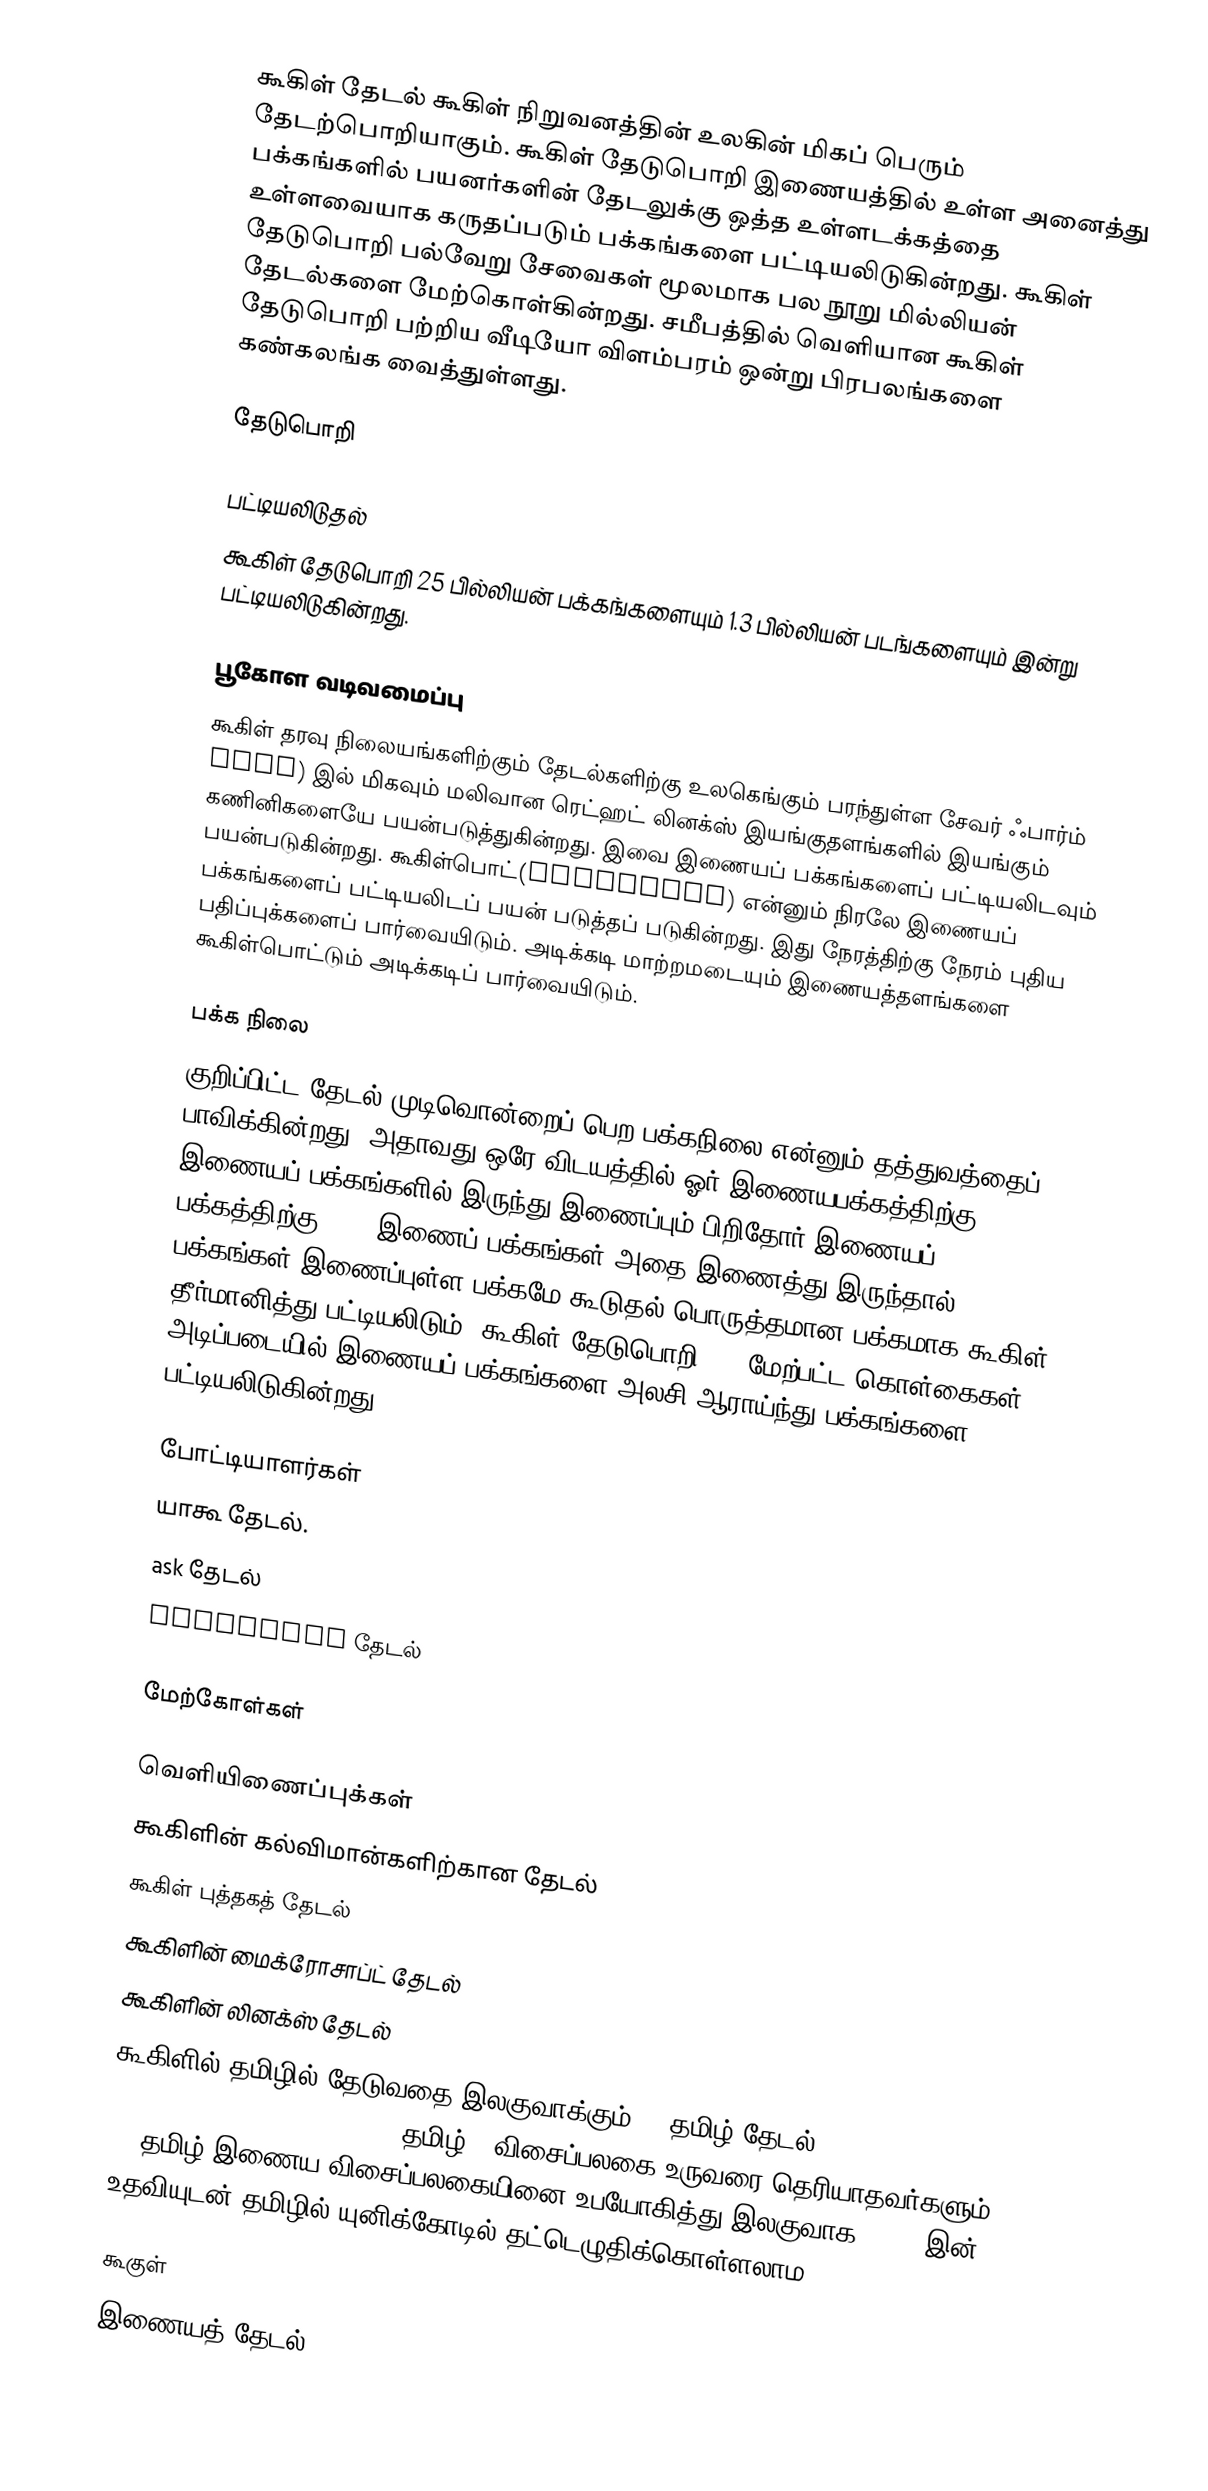
கூகிள் தேடல் கூகிள் நிறுவனத்தின் உலகின் மிகப் பெரும் தேடற்பொறியாகும். கூகிள் தேடுபொறி இணையத்தில் உள்ள அனைத்து பக்கங்களில் பயனர்களின் தேடலுக்கு ஒத்த உள்ளடக்கத்தை உள்ளவையாக கருதப்படும் பக்கங்களை பட்டியலிடுகின்றது. கூகிள் தேடுபொறி பல்வேறு சேவைகள் மூலமாக பல நூறு மில்லியன் தேடல்களை மேற்கொள்கின்றது. சமீபத்தில் வெளியான கூகிள் தேடுபொறி பற்றிய வீடியோ விளம்பரம் ஒன்று பிரபலங்களை கண்கலங்க வைத்துள்ளது.

தேடுபொறி

பட்டியலிடுதல்
கூகிள் தேடுபொறி 25 பில்லியன் பக்கங்களையும் 1.3 பில்லியன் படங்களையும் இன்று பட்டியலிடுகின்றது.

பூகோள வடிவமைப்பு
கூகிள் தரவு நிலையங்களிற்கும் தேடல்களிற்கு உலகெங்கும் பரந்துள்ள சேவர் ஃபார்ம் Farm) இல் மிகவும் மலிவான ரெட்ஹட் லினக்ஸ் இயங்குதளங்களில் இயங்கும் கணினிகளையே பயன்படுத்துகின்றது. இவை இணையப் பக்கங்களைப் பட்டியலிடவும் பயன்படுகின்றது. கூகிள்பொட்(GoogleBOT) என்னும் நிரலே இணையப் பக்கங்களைப் பட்டியலிடப் பயன் படுத்தப் படுகின்றது. இது நேரத்திற்கு நேரம் புதிய பதிப்புக்களைப் பார்வையிடும். அடிக்கடி மாற்றமடையும் இணையத்தளங்களை கூகிள்பொட்டும் அடிக்கடிப் பார்வையிடும்.

பக்க நிலை
குறிப்பிட்ட தேடல் முடிவொன்றைப் பெற பக்கநிலை என்னும் தத்துவத்தைப் பாவிக்கின்றது. அதாவது ஒரே விடயத்தில் ஓர் இணையபக்கத்திற்கு 100 இணையப் பக்கங்களில் இருந்து இணைப்பும் பிறிதோர் இணையப் பக்கத்திற்கு 1000 இணைப் பக்கங்கள் அதை இணைத்து இருந்தால். 1000 பக்கங்கள் இணைப்புள்ள பக்கமே கூடுதல் பொருத்தமான பக்கமாக கூகிள் தீர்மானித்து பட்டியலிடும். கூகிள் தேடுபொறி 150 மேற்பட்ட கொள்கைகள் அடிப்படையில் இணையப் பக்கங்களை அலசி ஆராய்ந்து பக்கங்களை பட்டியலிடுகின்றது.

போட்டியாளர்கள்
யாகூ தேடல்.
ask தேடல்
altavista தேடல்

மேற்கோள்கள்

வெளியிணைப்புக்கள்
கூகிளின் கல்விமான்களிற்கான தேடல்
கூகிள் புத்தகத் தேடல்
கூகிளின் மைக்ரோசாப்ட் தேடல்
கூகிளின் லினக்ஸ் தேடல்
கூகிளில் தமிழில் தேடுவதை இலகுவாக்கும் w3 தமிழ் தேடல்  (w3 Tamil Search Engine; Powered by Google) -  தமிழ்99 விசைப்பலகை உருவரை தெரியாதவர்களும் w3 தமிழ் இணைய விசைப்பலகையினை உபயோகித்து இலகுவாக mouse இன் உதவியுடன் தமிழில் யுனிக்கோடில் தட்டெழுதிக்கொள்ளலாம

கூகுள்
இணையத் தேடல்